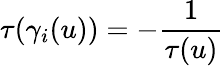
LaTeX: \tau(\gamma_{i}(u))=-\frac{1}{\tau(u)}